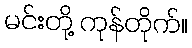
မင်းတို့ ကုန်တိုက်။